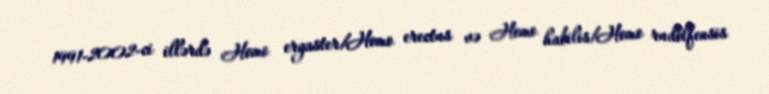
1991-2002-ci illərdə Homo ergaster/Homo erectus və Homo habilis/Homo rudolfensis